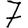
Digit: 7